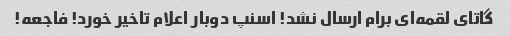
گاتای لقمه‌ای برام ارسال نشد! اسنپ دوبار اعلام تاخیر خورد! فاجعه!